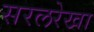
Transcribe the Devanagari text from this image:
सरलरेखा